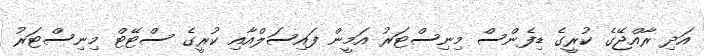
އަދި ރާއްޖޭގެ ކުރީގެ ޑިފެންސް މިނިސްޓަރު އަމީން ފައިސަލްއާއި ކުރީގެ ސްޓޭޓް މިނިސްޓަރު